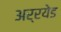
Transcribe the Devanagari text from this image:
अर्रयेड